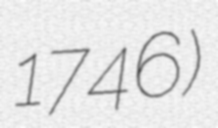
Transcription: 1746)